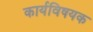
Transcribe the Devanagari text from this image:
कार्यविषयक